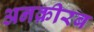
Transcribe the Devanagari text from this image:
अनक़ीरब